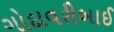
ગોદાવરીબાઈ